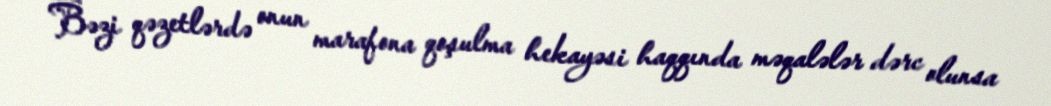
Bəzi qəzetlərdə onun marafona qoşulma hekayəsi haqqında məqalələr dərc olunsa